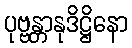
ပုဗ္ဗန္တာနုဒိဋ္ဌိနော